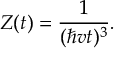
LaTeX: Z ( t ) = { \frac { 1 } { ( \hbar v t ) ^ { 3 } } } .